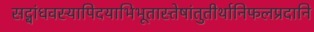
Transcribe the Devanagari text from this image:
सद्बांधवस्यापिदयाभिभूतास्तेषांतुतीर्थानिफलप्रदानि